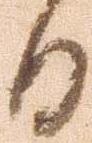
日